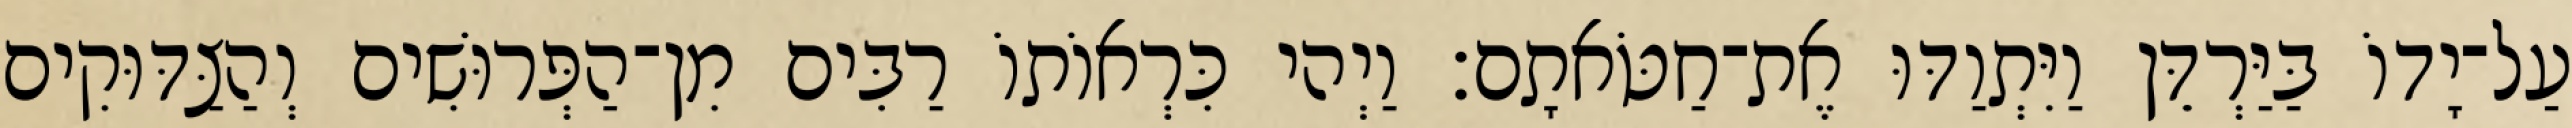
עַל־יָדוֹ בַּיַּרְדֵּן וַיִּתְוַדּוּ אֶת־חַטֹּאתָם׃ וַיְהי כִּרְאוֹתוֹ רַבִּים מִן־הַפְּרוּשִׁים וְהַצַּדּוּקִים